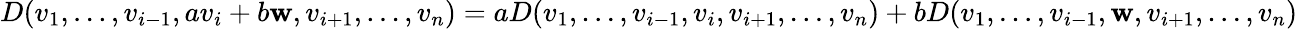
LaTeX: D(v_{1},\dots,v_{i-1},av_{i}+b\mathbf{w},v_{i+1},\dots,v_{n})=aD(v_{1},\dots,v_{i-1},v_{i},v_{i+1},\dots,v_{n})+bD(v_{1},\dots,v_{i-1},\mathbf{w},v_{i+1},\dots,v_{n})